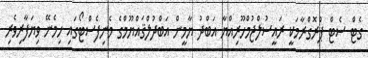
ގެޓް ސެޓް ޕްރޮގްރާމަކީ ރައީސުލްޖުމްހޫރިއްޔާ އަބްދު ޔާމީން އަބްދުލްޤައްޔޫމްގެ މެނިފެސްޓޯގައި ހިމެނޭ ވިޔަފާރިވެރި